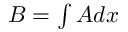
\textstyle B = \int A d x